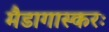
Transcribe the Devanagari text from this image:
मैडागास्करः